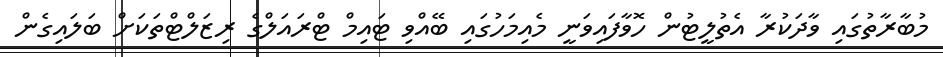
މުބާރާތުގައި ވާދަކުރާ އެތުލީޓުން ހޮވާފައިވަނީ މެއިމަހުގައި ބޭއްވި ޓައިމް ޓްރައަލްގެ ރިޒަލްޓްތަކަށް ބަލައިގެން